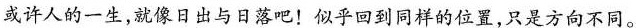
或许人的一生，就像日出与日落吧!似乎回到同样的位置，只是方向不同。